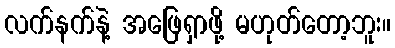
လက်နက်နဲ့ အဖြေရှာဖို့ မဟုတ်တော့ဘူး။